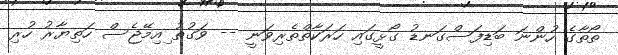
ތޯތާގެ ހުންނަ ބަޑިފަސްގަނޑު ގޯޅީގައި ހަރަކާތްތެރިވަނީ -- ވަގުތު ިއިމޭޖެސް ހަތިޔާރު ހުރި